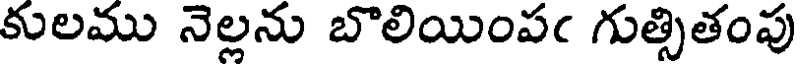
కులము నెల్లను బొలియింపఁ గుత్సితంపు